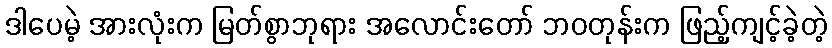
ဒါပေမဲ့ အားလုံးက မြတ်စွာဘုရား အလောင်းတော် ဘဝတုန်းက ဖြည့်ကျင့်ခဲ့တဲ့